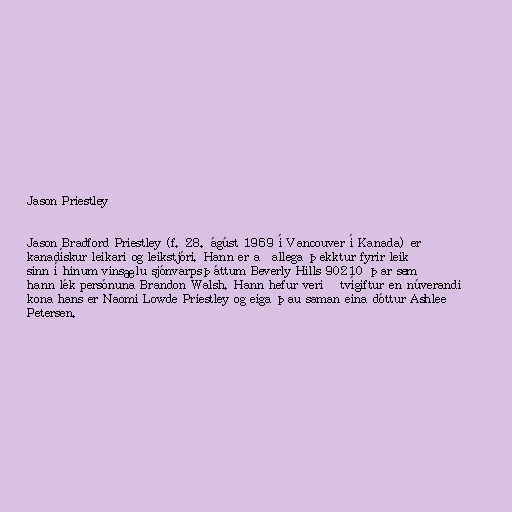
Jason Priestley

Jason Bradford Priestley (f. 28. ágúst 1969 í Vancouver í Kanada) er
kanadískur leikari og leikstjóri. Hann er aðallega þekktur fyrir leik
sinn í hinum vinsælu sjónvarpsþáttum Beverly Hills 90210 þar sem
hann lék persónuna Brandon Walsh. Hann hefur verið tvígiftur en núverandi
kona hans er Naomi Lowde Priestley og eiga þau saman eina dóttur Ashlee
Petersen.